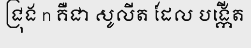
ជ្រុង n គឺជា សូលីត ដែល បង្កើត